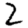
Digit: 2